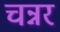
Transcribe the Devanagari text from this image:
चन्नर